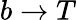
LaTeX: b\to T